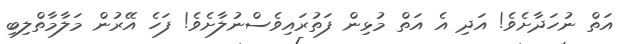
އަތް ނުހަދާށެވެ! އަދި އެ އަތް މުޅިން ފަތުރައިވެސްނުލާށެވެ! ފަހެ އޭރުން މަލާމާތްލިބި